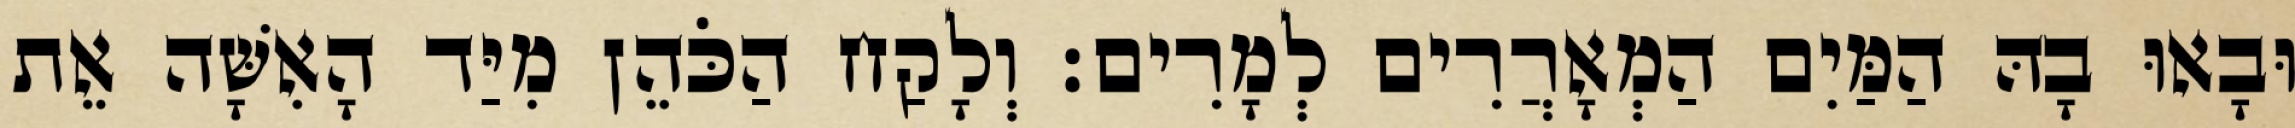
וּבָאוּ בָהּ הַמַּיִם הַמְאָרֲרִים לְמָרִים׃ וְלָקַח הַכֹּהֵן מִיַּד הָאִשָּׁה אֵת